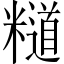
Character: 𥽌